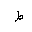
Letter: _da